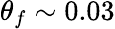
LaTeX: \theta_{f}\sim 0.03